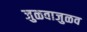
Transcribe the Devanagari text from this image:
जुळवाजुळव